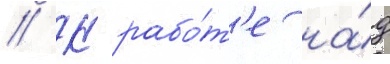
// К рабо́т'е на́д